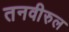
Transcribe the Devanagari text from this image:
तनवीरुल